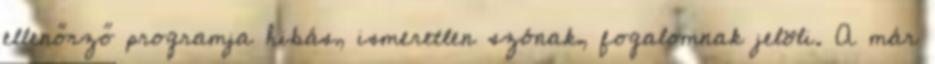
ellenőrző programja hibás, ismeretlen szónak, fogalomnak jelöli. A már